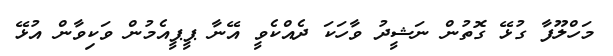
މަހްލޫފާ ގުޅޭ ގޮތުން ނަޝީދު ވާހަކަ ދެއްކެވީ އޭނާ ޕީޕީއެމުން ވަކިވާން އުޅޭ